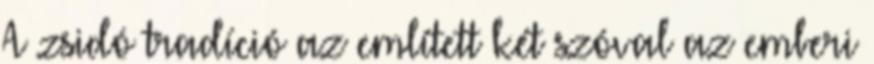
A zsidó tradíció az említett két szóval az emberi